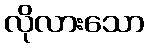
လိုလားသော